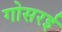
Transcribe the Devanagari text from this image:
गोसरई